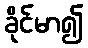
ခိုင်မာ၍